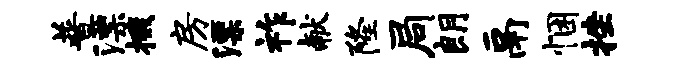
普漂掇房漂祚献隆局朗鬲悃挫